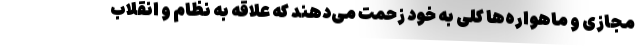
مجازی و ماهواره‌ها کلی به خود زحمت می‌دهند که علاقه به نظام و انقلاب